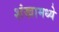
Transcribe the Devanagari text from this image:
शंखामध्ये